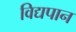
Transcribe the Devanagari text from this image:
विद्यपान